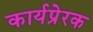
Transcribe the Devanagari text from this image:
कार्यप्रेरक